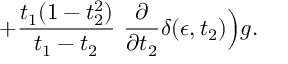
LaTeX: + { \frac { t _ { 1 } ( 1 - t _ { 2 } ^ { 2 } ) } { t _ { 1 } - t _ { 2 } } } ~ { \frac { \partial } { \partial t _ { 2 } } } \delta ( \epsilon , t _ { 2 } ) \Big ) g .